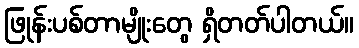
ဖြုန်းပစ်တာမျိုးတွေ ရှိတတ်ပါတယ်။